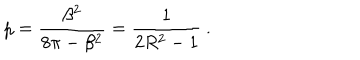
\displaystyle p = \frac { \beta ^ { 2 } } { 8 \pi - \beta ^ { 2 } } = \frac { 1 } { 2 R ^ { 2 } - 1 } \: .